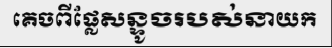
គេចពីផ្លែសន្ទូចរបស់នាយក